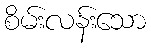
စိမ်းလန်းသော